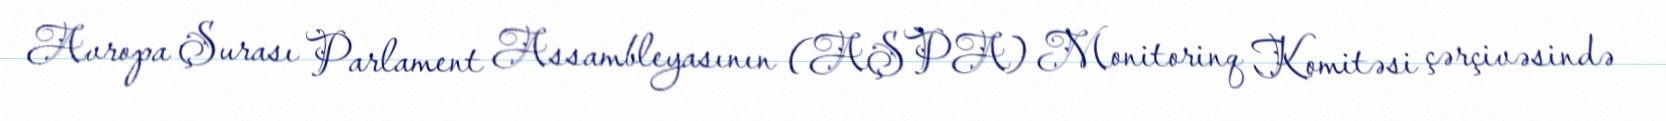
Avropa Şurası Parlament Assambleyasının (AŞPA) Monitorinq Komitəsi çərçivəsində